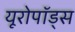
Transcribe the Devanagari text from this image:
यूरोपॉड्स